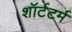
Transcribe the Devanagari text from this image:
शॉर्टटर्म